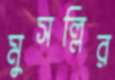
মুসল্লির